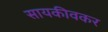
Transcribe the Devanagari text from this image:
सायकीवकर